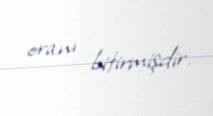
oranı bitirmişdir.